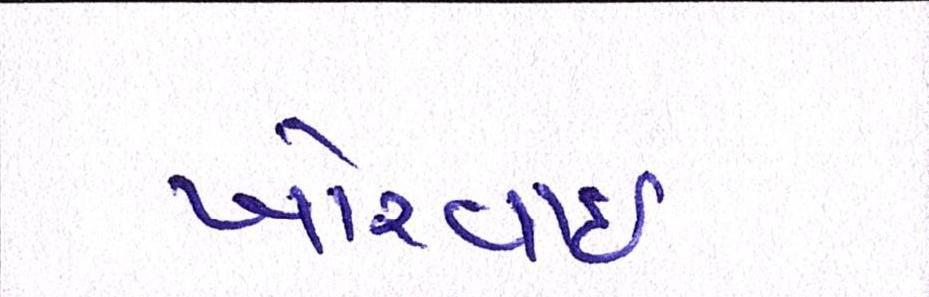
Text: ખોરવાઈ